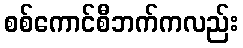
စစ်ကောင်စီဘက်ကလည်း